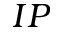
I P